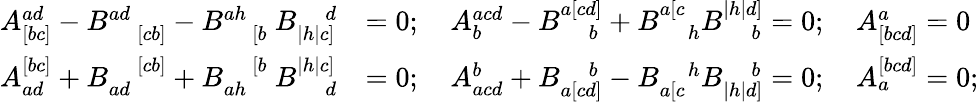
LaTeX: \begin{array}{rl}{A_{[bc]}^{ad}-B_{\quad[cb]}^{ad}-B_{\quad[b}^{ah}\ B_{|h|c]}^{\quad d}}&{=0;\quad A_{b}^{acd}-B_{\quad b}^{a[cd]}+B_{\quad h}^{a[c}B_{\quad b}^{|h|d]}=0;\quad A_{[bcd]}^{a}=0}\\ {A_{ad}^{[bc]}+B_{ad}^{\quad[cb]}+B_{ah}^{\quad[b}\ B_{\quad d}^{|h|c]}}&{=0;\quad A_{acd}^{b}+B_{a[cd]}^{\quad b}-B_{a[c}^{\quad h}B_{|h|d]}^{\quad b}=0;\quad A_{a}^{[bcd]}=0;}\end{array}